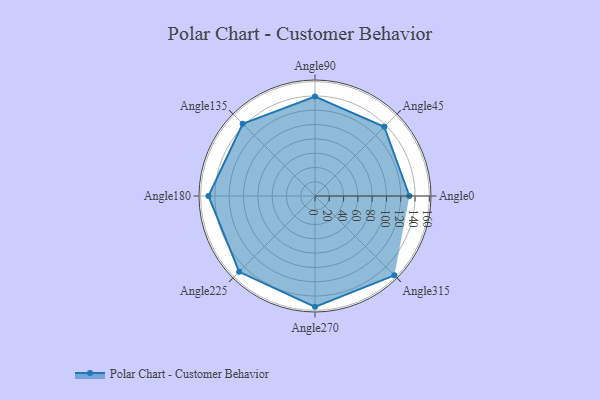
{"axis": {"x": "Angle", "y": "Radius"}, "legend": [""], "data": [{"x": "Angle0", "y": 132.0, "type": ""}, {"x": "Angle45", "y": 137.0, "type": ""}, {"x": "Angle90", "y": 139.0, "type": ""}, {"x": "Angle135", "y": 143.0, "type": ""}, {"x": "Angle180", "y": 149.0, "type": ""}, {"x": "Angle225", "y": 150.0, "type": ""}, {"x": "Angle270", "y": 155.0, "type": ""}, {"x": "Angle315", "y": 157.0, "type": ""}]}